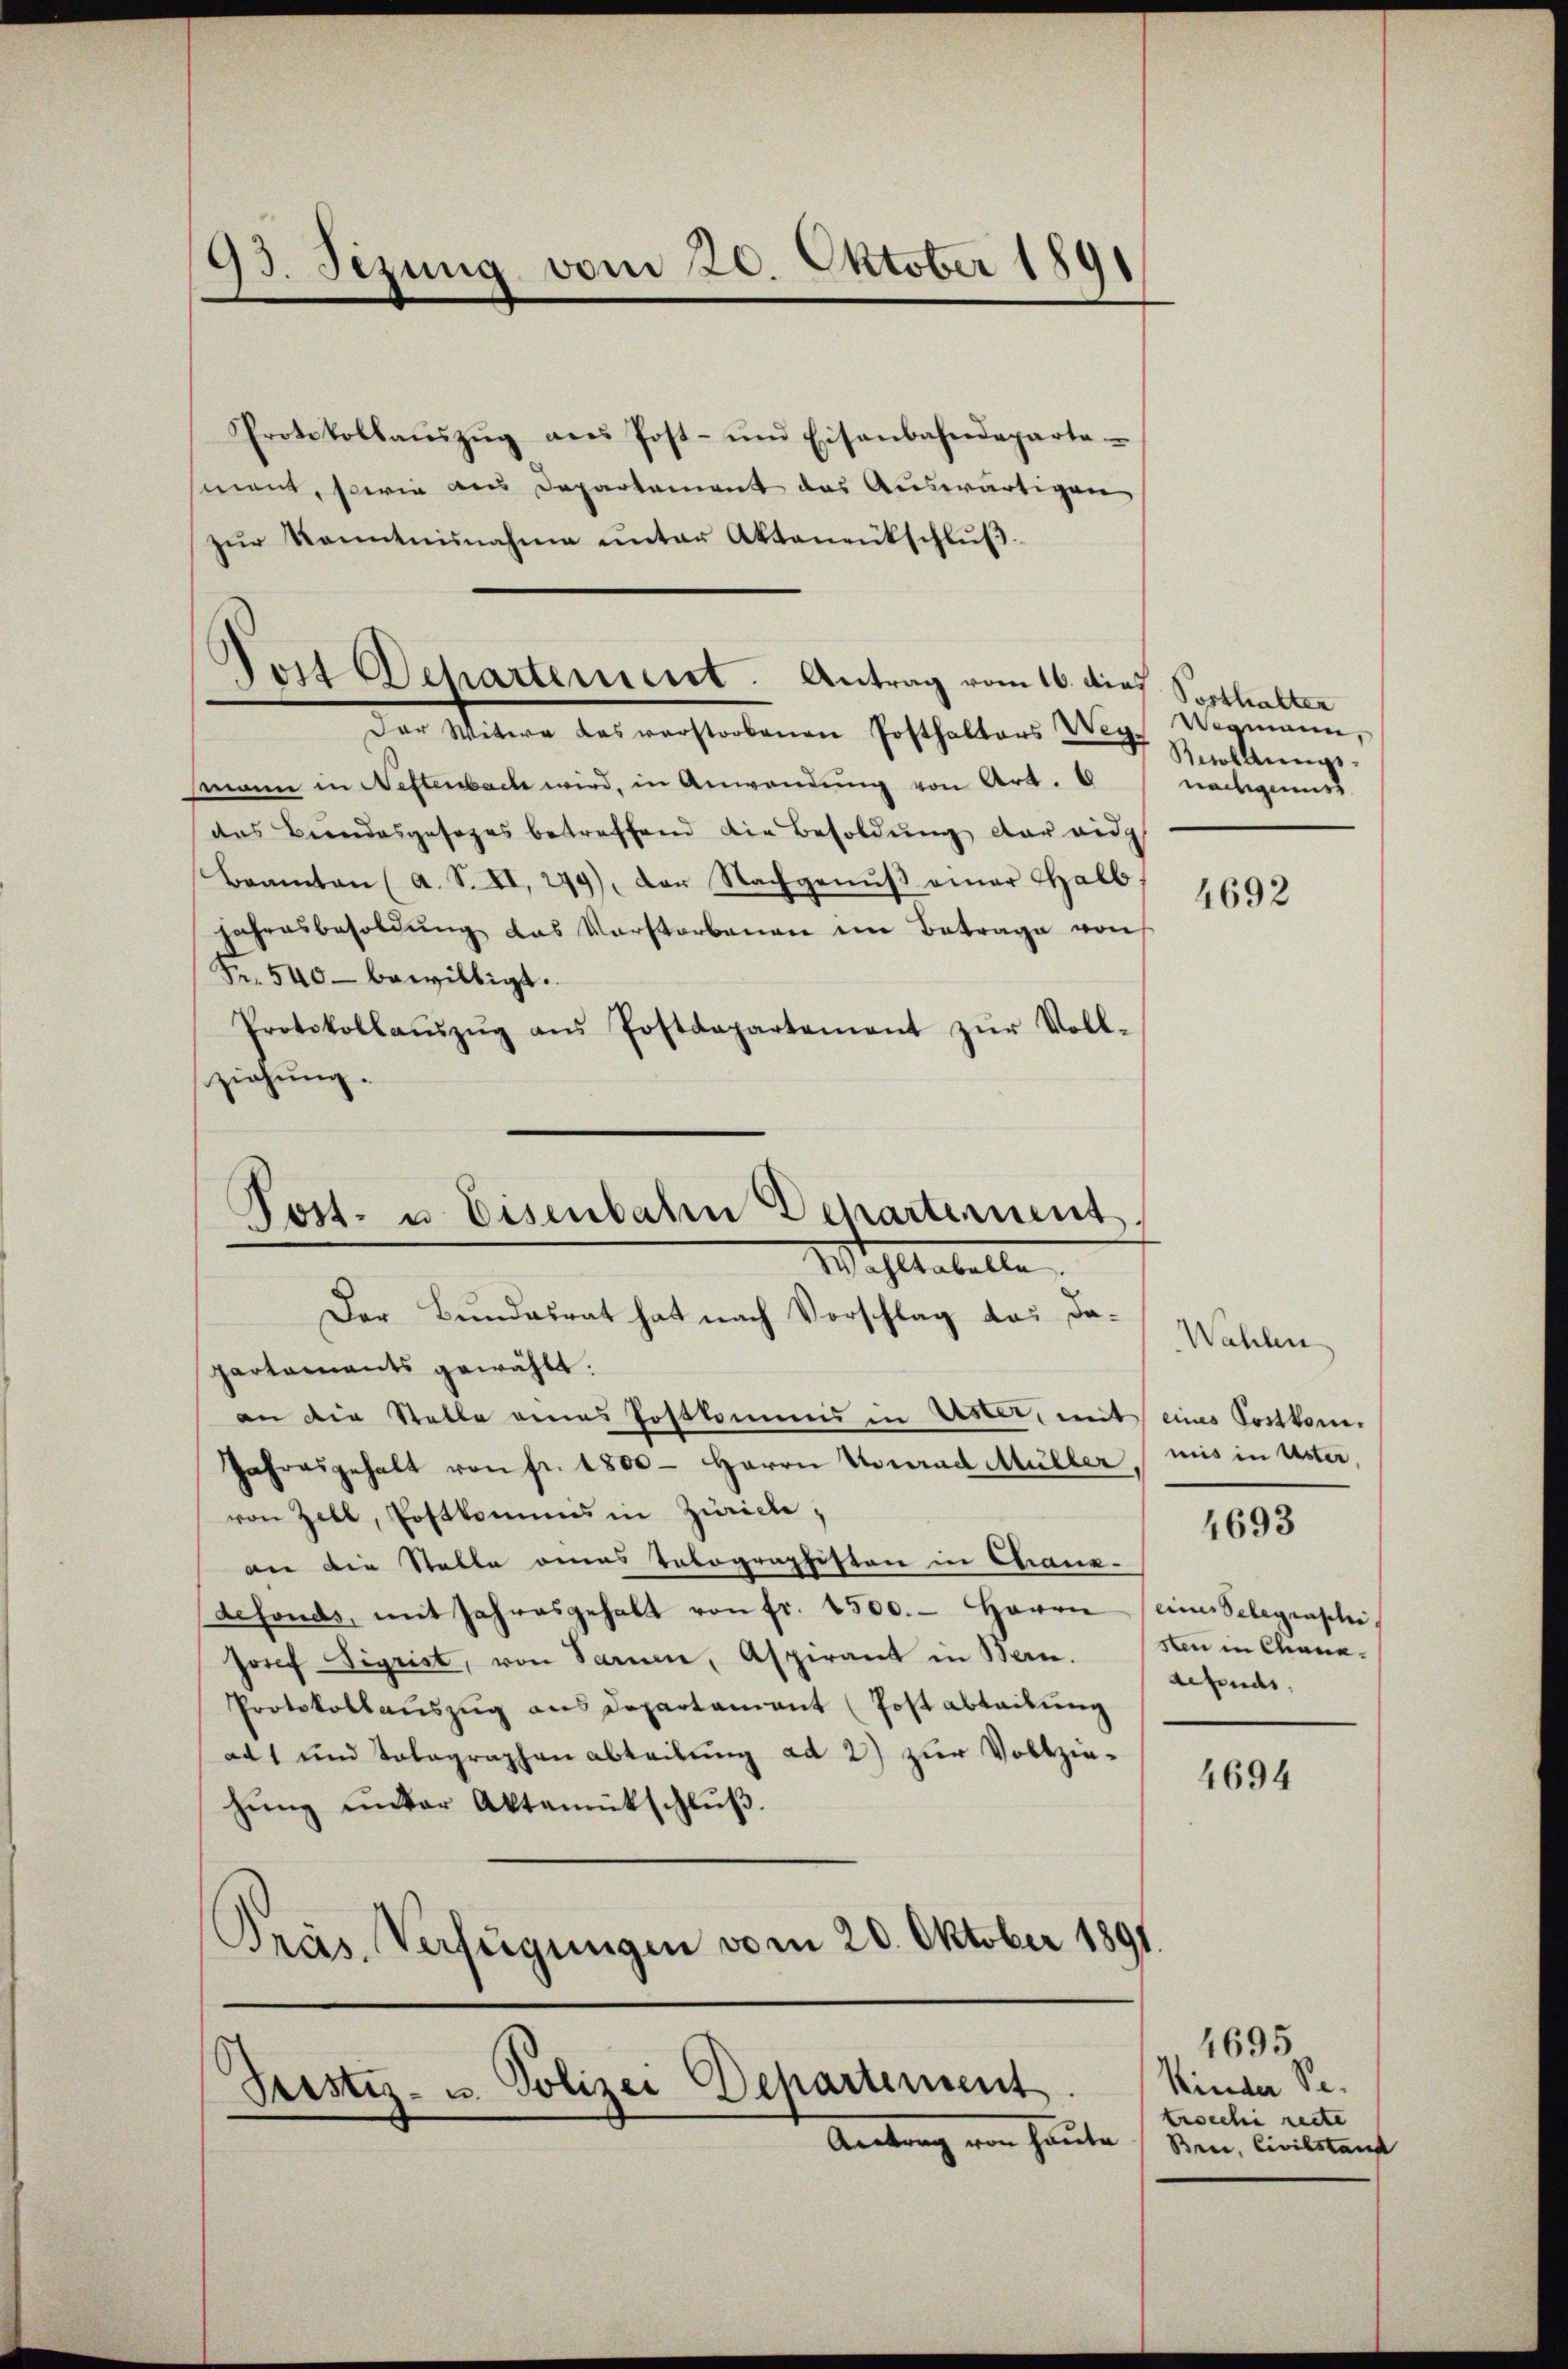
93. Jezung vom 20. Oktober 180

Protokollaŭszŭg ans Post- und Eisenbahndeparta
sment, sowie aus Departement das Auswärtigen
zŭr Kenntnisnahme unter Aktenentschlŭβ
Der Witwe des verstorbenen Posthalters
mmann in Neftenbach wird, in Anwendung von Art. 6
das Beendesgesages betreffend die Besoldung der eidg
Beamten (a. S. II, 299), der Nachgenŭβ einer Halb
jahresbesoldŭng das Verstorbenen im Betrage von
Fr. 540 bewilligt.
Protokollaŭszŭg aŭs Postdepartement zŭr Voll-
ziehung.
Post- u. Eisenbahn Departement
Wohltabelle
Der Bundesrat hat nach Vorschlag das dapartaments gewählt.
an die Stelle eines Postkommis in Uster, mit eines Sostkom¬
Jahresgehalt von fr. 1800. Herrn Konrad Müller mis in Uster,
von Zell, Postkommis in Zürich,
an die Stelle eines Telographisten in Chianedefonds, mit Jahresgehalt von fr. 4500. Herrn einer Selegraphi
Josef Sigrist, von Sammen, Aspirant in Bern.
Protokollaŭszŭg ans Departament (Post abteilung
ad 1 und Tolagraphen abteilung ad 2) zur Vollziehŭng ŭnter Aktemütschlŭβ
Präs. Verfügungen vom 20. Oktober 1891

Post Departement. Antrag vom 16. dies

Justiz- u. Polizei Departement
Antrag von heute

Posthalter
Wegmann,
nachgenuss

4692

Wahlen
4693
sten in Chana.
defonds.

4694

4695
Kinder Se.
trscchi recte
Bree, Civilstant